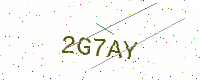
Text: 2G7AY